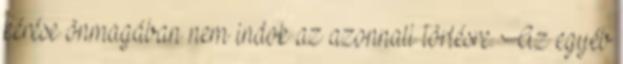
kérése önmagában nem indok az azonnali törlésre. Az egyéb